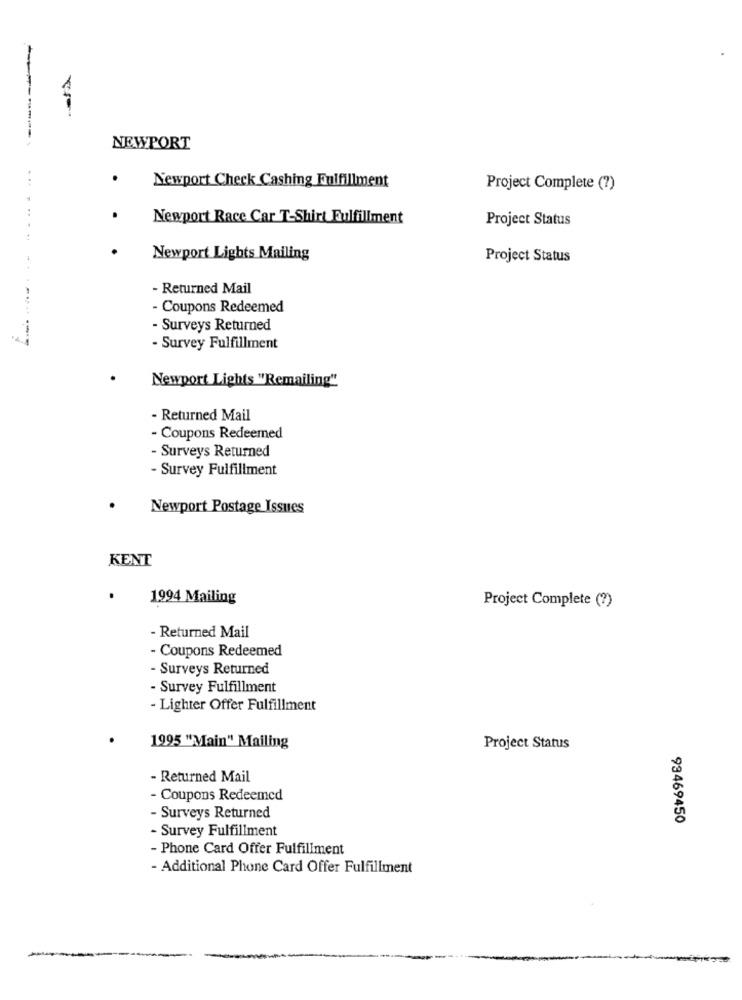
NEWPORT
..
Newport Check Cashing Fulfillment
Project Complete (?)
Newport Race Car T-Shirt Fulfillment
Project Status
....
Newport Lights Mailing
Project Status
- Returned Mail
- Coupons Redeemed
------
- Surveys Returned
- Survey Fulfillment
Newport Lights "Remailing"
- Returned Mail
- Coupons Redeemed
- Surveys Returned
- Survey Fulfillment
Newport Postage Issues
KENT
.
1994 Mailing
Project Complete (?)
- Returned Mail
- Coupons Redeemed
- Surveys Returned
- Survey Fulfillment
- Lighter Offer Fulfillment
1995 "Main" Mailing
Project Status
- Returned Mail
- Coupons Redeemed
- Surveys Returned
99469450
- Survey Fulfillment
- Phone Card Offer Fulfillment
- Additional Phone Card Offer Fulfillment